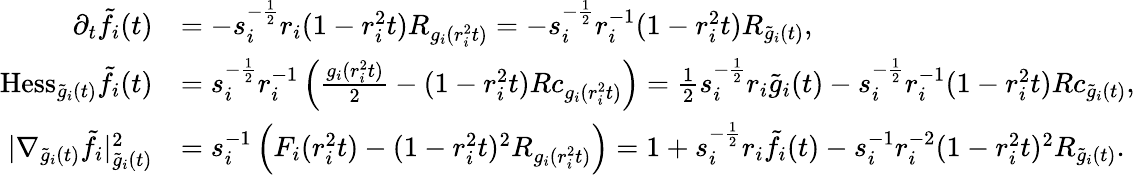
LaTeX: \begin{array}{rl}{\partial_{t}\tilde{f}_{i}(t)}&{=-s_{i}^{-\frac 12}r_{i}(1-r_{i}^{2}t)R_{g_{i}(r_{i}^{2}t)}=-s_{i}^{-\frac 12}r_{i}^{-1}(1-r_{i}^{2}t)R_{\tilde{g}_{i}(t)},}\\ {\mathrm{Hess}_{\tilde{g}_{i}(t)}\tilde{f}_{i}(t)}&{=s_{i}^{-\frac 12}r_{i}^{-1}\left(\frac{g_{i}(r_{i}^{2}t)}{2}-(1-r_{i}^{2}t)Rc_{g_{i}(r_{i}^{2}t)}\right)=\frac{1}{2}s_{i}^{-\frac 12}r_{i}\tilde{g}_{i}(t)-s_{i}^{-\frac 12}r_{i}^{-1}(1-r_{i}^{2}t)Rc_{\tilde{g}_{i}(t)},}\\ {|\nabla_{\tilde{g}_{i}(t)}\tilde{f}_{i}|_{\tilde{g}_{i}(t)}^{2}}&{=s_{i}^{-1}\left(F_{i}(r_{i}^{2}t)-(1-r_{i}^{2}t)^{2}R_{g_{i}(r_{i}^{2}t)}\right)=1+s_{i}^{-\frac 12}r_{i}\tilde{f}_{i}(t)-s_{i}^{-1}r_{i}^{-2}(1-r_{i}^{2}t)^{2}R_{\tilde{g}_{i}(t)}.}\end{array}